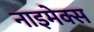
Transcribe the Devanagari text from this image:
नाइमेक्स